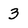
Character: 3